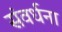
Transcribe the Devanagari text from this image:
संवर्धना